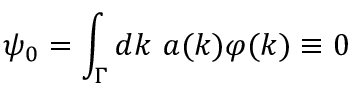
\psi _ { 0 } = \int _ { \Gamma } d k ~ a ( k ) \varphi ( k ) \equiv 0